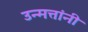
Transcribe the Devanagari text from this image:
उन्मत्तांनी